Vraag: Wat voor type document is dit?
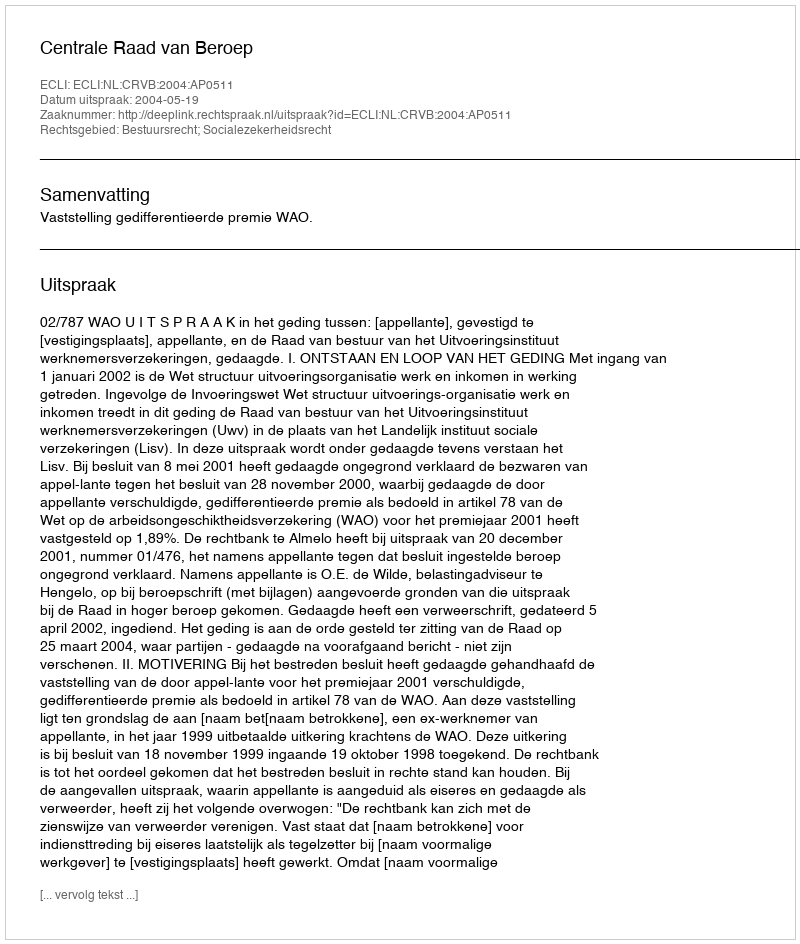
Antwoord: Uitspraak